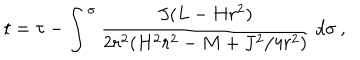
t = \tau - \int ^ { \sigma } \frac { J ( L - H r ^ { 2 } ) } { 2 r ^ { 2 } ( H ^ { 2 } r ^ { 2 } - M + J ^ { 2 } / 4 r ^ { 2 } ) } \; d \sigma \: ,